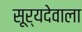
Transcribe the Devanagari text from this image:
सूर्यदेवाला